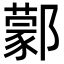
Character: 𨞫